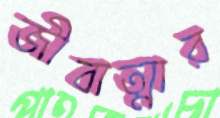
জীবাত্মার